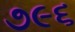
૭૯૬